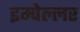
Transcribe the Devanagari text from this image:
इम्पेल्लर